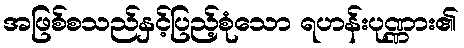
အဖြစ်စသည်နှင့်ပြည့်စုံသော ရဟန်းပုဏ္ဏား၏